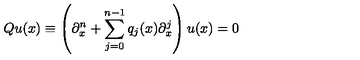
Q u ( x ) \equiv \left( \partial _ { x } ^ { n } + \sum _ { j = 0 } ^ { n - 1 } q _ { j } ( x ) \partial _ { x } ^ { j } \right) u ( x ) = 0